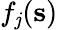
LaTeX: f_{\mathit{j}}({\mathbf{s}})